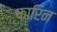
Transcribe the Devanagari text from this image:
फारिन